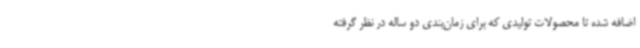
اضافه شده تا محصولات تولیدی که برای زمان‌بندی دو ساله در نظر گرفته